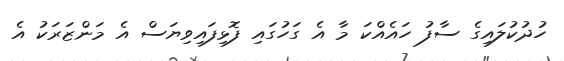
ހުދުކުލައިގެ ސާފު ހައެއްކަ މާ އެ ގަހުގައި ފޮޅިފައިވިޔަސް އެ މަންޒަރަކު އެ